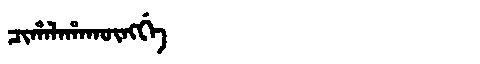
Manchu: ᠴᡳᡥᠠᠯᠠᡥᠠᡴᡡᠩᡤᡝ
Romanization: CIHALAHAKŪNGGE